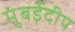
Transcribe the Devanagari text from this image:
मुंबईदीप